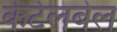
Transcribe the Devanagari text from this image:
केटेलबेल